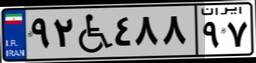
۹۲W۴۸۸۹۷